Medical and sanitary report of the native army of Madras for the year
Year: 1875
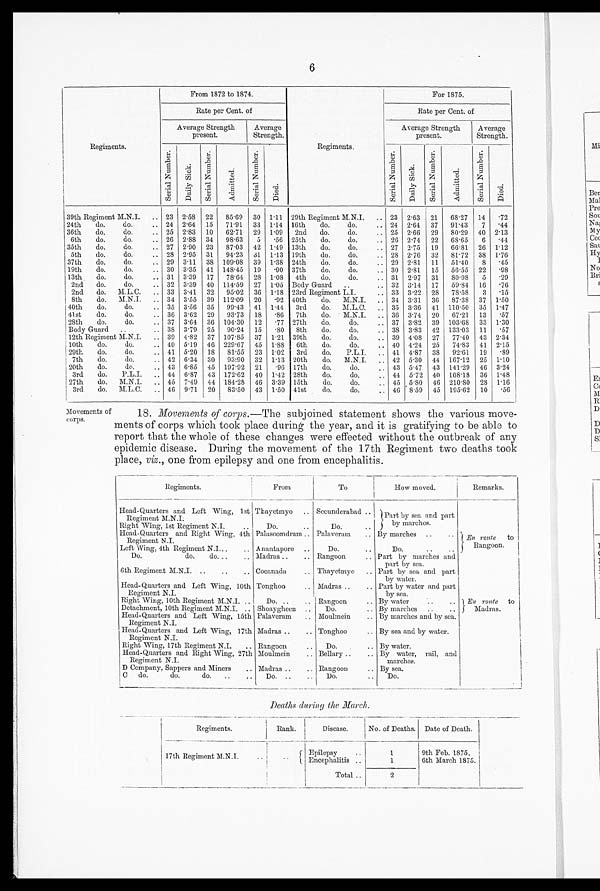
6
Regiments
From 1872 to 1874.
Regiments.
For 1875.
Rate per Cent. of
Rate per Cent. of
Average Strength
present.
Average
Strength.
Av erage Strength
present.
Average
Strength.
S e r i a l Nu mb e r . Da i l y Si c k. S e r i a l Nu mb e r .
Admi t t ed.
Se r i a l Nu mb e r . Died.
S e r i a l N u mb e r . Da i l y Si c k . S e r i a l Nu mb e r .
Admi t t ed.
S e r i a l Nu mb e r .
Died.
39th Regiment M.N.I.
.. 23 2.58 22
85.69 30 1.11 29th Regiment M.N.I.
.. 23 2.63 21
68.27 14 .72
24th
do.
do.
.. 24 2.64 15
71.91 33 1.14 16th
do.
do.
.. 24 2.64 37
91.43
7
. 4 4
36th
do.
do.
.. 25 2.83 10
62.71 29 1.09
2nd
do.
do.
.. 25 2.66 29
80.29 40 2.13
6th
do.
do.
.. 26 2.88 34
98.63
5
. 5 6 25th
do.
do.
.. 26 2.74 22
68.65
6 .44
35th
do,
do.
.. 27 2.90 23
87.03 42 1.49 13th
do.
do.
.. 27 2.75 19
66.81 26 1.12
5th
do.
do.
.. 28 2.95 31
94.23 31 1.13 19th
do.
do.
.. 28 2.76 32
81.72 38 1.76
37th
do.
do.
.. 29 3.11 38 109.08 39 1.38 24th
do.
do.
.. 29 2.81 11
51.40
8 .45
19th
do.
do.
.. 30 3.35 41 148.45 19
.90 37th
do.
do.
.. 30 2.81 15
56.55 22 .98
13th
do.
do.
• • 31 3.39 17
78.64 28 1.08 4th
do.
do.
.. 31 2.97 31
80.98
5 .29
2nd
do.
do.
.. 32 3.39 40 114.59 27 1.05 Body Guard
.. 32 3.14 17
59.84 16
.76
2nd
do. M.L.C.
.. 33 3.41 32
95.02 36 1.18 23rd Regiment L.I.
.. 33 3.22 28
78.58
3 .15
8th
do.
M.N.I.
.. 34 3.55 39 112.09 20 .92 40th
do.
M.N.I.
.. 34 3.31 36
87.38 37 1.50
40th
do.
do.
.. 35 3.56 35
99.43 41 1.44
3rd
do. M.L.O.
.. 35 3.36 41 110.50 35 1.47
41st
do.
do.
.. 36 3.62 29
93.73 18
.86 7th
do.
M.N.J.
.. 36 3.74 20
67.21 13 .57
28th
do.
do.
.. 37 3.61 36 104.30 12
.77 27th
do.
do.
.. 37 3.82 39 103.68 33 1.30
Body Guard ..
38 3.79 25
90.24 15 .80 8th
do.
do.
.. 38 3.83 42 133.03 11 .57
12th Regiment M.N.I.
.. 39 4.82 37 107.85 37 1.21 39th
do.
do.
. . 39 4.08 27
77.40 43 2.34
10th
do.
do.
.. 40 5.19 46 229.67 45 1.88 6th
do.
do.
. . . 40 4.24 25
74.83 41 2.15
29th
do.
do.
.. 41 5.20 18
81.55 23 1.02
3rd
do.
P.L.I.
.. 41 4.87 38
92.61 19 .89
7th
do.
do.
.. 42 6.34 30
93.90 32 1.13 20th
do.
M.N.I.
.. 42 5.30 44 167.12 25 1.10
20th
do.
do.
.. 43 6.85 45 197.92 21
.96 17th
do.
do.
43 5.47 43 141.29 46 3.24
3rd
do.
P.L.I.
.. 44 6.87 43 172.62 40 1.42 28th
do.
do.
, . 44 5.72 40 108.18 36 1.48
27th
do.
M.N.I.
.. 45 7.49 44 184.28 46 3.39 15th
do.
do.
.. 45 5.80 46 210.80 28 1.16
3rd
do. M.L.C.
.. 46 9.71 20
83.50 43 1.50 41st
do.
do.
.. 46 8.59 45 195.62 10 .56
Movements of
corps.
18. Movements of corps.— The subjoined statement shows the various move-
ments of corps which took place during the year, and it is gratifying to be able to
report that the whole of these changes were effected without the outbreak of any
epidemic disease. During the movement of the 17th Regiment two deaths took
place, viz., one from epilepsy and one from encephalitis.
Regiments.
From
To
How moved.
Remarks.
Head-Quarters and Left Wing, 1st
Regiment M.N.I.
Thayetmyo .. Secunderabad ..
Part by sea and part
by marches.
Right Wing, 1st Regiment N.I.
..
Do.
..
Do.
..
Head-Quarters and Right Wing, 4th
Regiment N.I.
Palasoomdram .. Palaveram
.. By marches ..
En route
to
Rangoon.
Left Wing, 4th Regiment N.I...
.. A nantapore ..
Do.
..
Do.
..
..
Do.
do. . . , .
Madras ..
.. Rangoon
.. Part by marches and
part by sea.
6th Regiment M.N.J. ..
..
.. Cocanada
.. Thayetmyo .. Part by sea and part
by water.
Head-Quarters and Left Wing, 10th
Regiment N.I.
Tonghoo
.. Madras ..
.. Part by water and part
by sea.
Right Wing, 10th Regiment M.N.I. ..
Do. ..
.. Rangoon
.. By water
..
.. En route to
Madras.
Detachment, 10th Regiment M.N.I.
.
. . Shoaygheen ..
Do.
.. By marches ..
..
Head-Quarters and Left Wing, 15th
Regiment N.I.
Palaveram
.. Moulmein
. . By marches and by sea.
Head-Quarters and Left Wing, 17th
Regiment N.I.
Madras ..
.. Tonghoo
.. By sea and by water.
Right Wing, 17th Regiment N.I.
.. Rangoon
..
Do.
.. By water.
Head-Quarters and Right Wing, 27th
Regiment N.I.
Moulmein
.. Bellary ..
.. By water, rail, and
marches.
D Company, Sappers and Miners
.. Madras ..
.. Rangoon
.. By sea.
C do.
do.
do.
..
..
Do.
. .
. . Do.
..
Do.
Deaths during the March .
Regiments.
Rank.
Disease.
No. of Deaths. Date of Death.
17th Regiment M.N.I. ..
..
Epilepsy
..
1
9th Feb. 1875.
Encephalitis ..
1
6th March 1875.
Total..
2